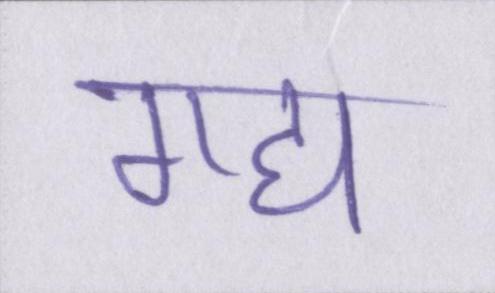
गद्य